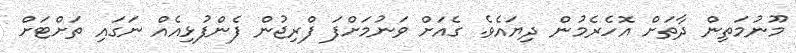
މޫނުމަތިން ދާތަށް އޮހެރެމުން ދިޔައެވެ. ގެއަށް ވަނުމަށްފަ ފްރިޖުން ފެންފުޅިއެއް ނަގައި ތަށްޓަށް